Vaccination in Bombay 1869-1873 - 1869-1873
Year: 1869
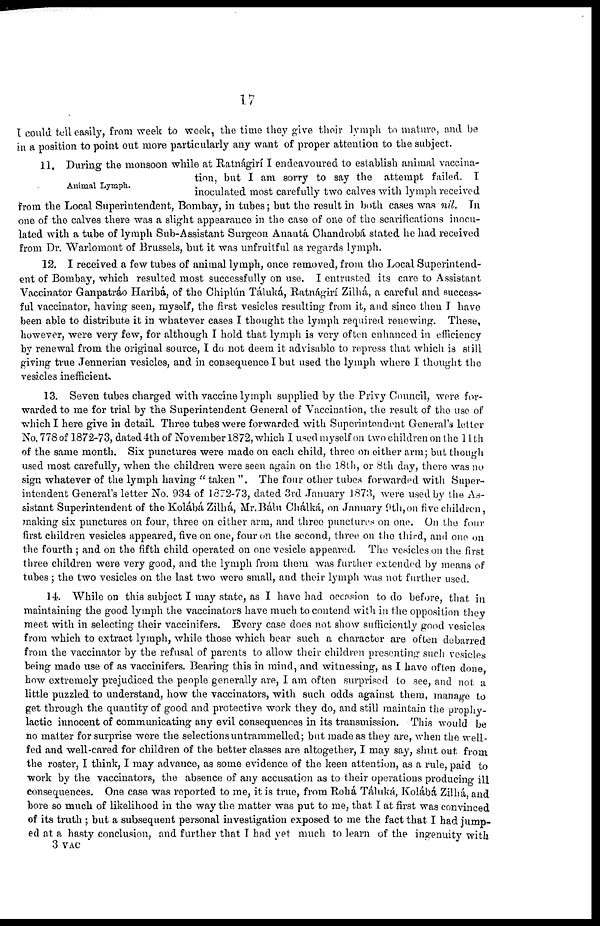
17
I could tell easily, from week to week, the time they give their lymph to mature, and be
in a position to point out more particularly any want of proper attention to the subject.
Animal Lymph.
11. During the monsoon while at Ratnágirí I endeavoured to establish animal vaccina-
tion, but I am sorry to say the attempt failed. I
inoculated most carefully two calves with lymph received
from the Local Superintendent, Bombay, in tubes; but the result in both cases was nil. In
one of the calves there was a slight appearance in the case of one of the scarifications inocu-
lated with a tube of lymph Sub-Assistant Surgeon Anantá Chandrobá stated he had received
from Dr. Warlomont of Brussels, but it was unfruitful as regards lymph.
12. I received a few tubes of animal lymph, once removed, from the Local Superintend-
ent of Bombay, which resulted most successfully on use. I entrusted its care to Assistant
Vaccinator Ganpatráo Haribá, of the Chiplún Táluká, Ratnágirí Zilhá, a careful and success-
ful vaccinator, having seen, myself, the first vesicles resulting from it, and since then I have
been able to distribute it in whatever cases I thought the lymph required renewing. These,
however, were very few, for although I hold that lymph is very often enhanced in efficiency
by renewal from the original source, I do not deem it advisable to repress that which is still
giving true Jennerian vesicles, and in consequence I but used the lymph where I thought the
vesicles inefficient.
13. Seven tubes charged with vaccine lymph supplied by the Privy Council, were for-
warded to me for trial by the Superintendent General of Vaccination, the result of the use of
which I here give in detail. Three tubes were forwarded with Superintendent General's letter
No. 778 of 1872-73, dated 4th of November 1872, which I used myself on two children on the 11th
of the same month. Six punctures were made on each child, three on either arm; but though
used most carefully, when the children were seen again on the 18th, or 8th day, there was no
sign whatever of the lymph having " taken ". The four other tubes forwarded with Super-
intendent General's letter No. 934 of 1872-73, dated 3rd January 1873, were used by the As-
sistant Superintendent of the Kolábá Zilhá, Mr.Bálu Chálká, on January 9th,on five children,
making six punctures on four, three on either arm, and three punctures on one. On the four
first children vesicles appeared, five on one, four on the second, three on the third, and one on
the fourth ; and on the fifth child operated on one vesicle appeared. The vesicles on the first
three children were very good, and the lymph from them was further extended by means of
tubes; the two vesicles on the last two were small, and their lymph was not further used.
14. While on this subject I may state, as I have had occasion to do before, that in
maintaining the good lymph the vaccinators have much to contend with in the opposition they
meet with in selecting their vaccinifers. Every case does not show sufficiently good vesicles
from which to extract lymph, while those which bear such a character are often debarred
from the vaccinator by the refusal of parents to allow their children presenting such vesicles
being made use of as vaccinifers. Bearing this in mind, and witnessing, as I have often done,
how extremely prejudiced the people generally are, I am often surprised to see, and not a
little puzzled to understand, how the vaccinators, with such odds against them, manage to
get through the quantity of good and protective work they do, and still maintain the prophy-
lactic innocent of communicating any evil consequences in its transmission. This would be
no matter for surprise were the selections untrammelled; but made as they are, when the well-
fed and well-cared for children of the better classes are altogether, I may say, shut out from
the roster, I think, I may advance, as some evidence of the keen attention, as a rule, paid to
work by the vaccinators, the absence of any accusation as to their operations producing ill
consequences. One case was reported to me, it is true, from Rohá Táluká, Kolábá Zilhá, and
bore so much of likelihood in the way the matter was put to me, that I at first was convinced
of its truth ; but a subsequent personal investigation exposed to me the fact that I had jump-
ed at a hasty conclusion, and further that I had yet much to learn of the ingenuity with
3 VAC